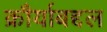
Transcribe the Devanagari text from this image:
क्रौर्याबद्दल